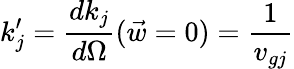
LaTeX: k_{j}^{\prime}=\frac{dk_{j}}{d\Omega}({\vec{w}=0})=\frac{1}{v_{gj}}